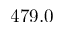
4 7 9 . 0